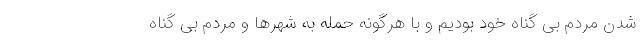
شدن مردم بی گناه خود بودیم و با هرگونه حمله به شهرها و مردم بی گناه